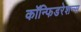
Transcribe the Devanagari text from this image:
कॉन्फिडरेशन्स